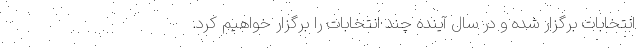
انتخابات برگزار شده و در سال آینده چند انتخابات را برگزار خواهیم کرد.